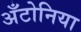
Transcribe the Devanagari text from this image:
अँटोनिया